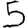
Digit: 5